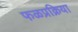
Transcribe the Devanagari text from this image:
फळप्रक्रिया